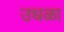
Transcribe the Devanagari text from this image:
उधळा